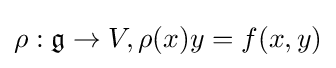
\rho :{\mathfrak {g}}\to V,\rho (x)y=f(x,y)